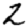
Digit: 2